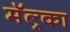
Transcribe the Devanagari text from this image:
मॅल्र्का